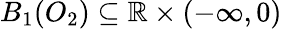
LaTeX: B_{1}(O_{2})\subseteq\mathbb{R}\times(-\infty,0)